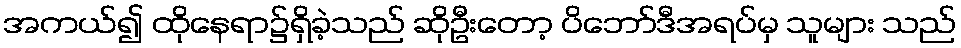
အကယ်၍ ထိုနေရာ၌ရှိခဲ့သည် ဆိုဦးတော့ ပိဘော်ဒီအရပ်မှ သူများ သည်